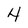
Character: 4